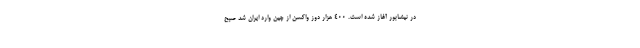
در نیشابور آغاز شده است. ۴۰۰ هزار دوز واکسن از چین وارد ایران شد صبح